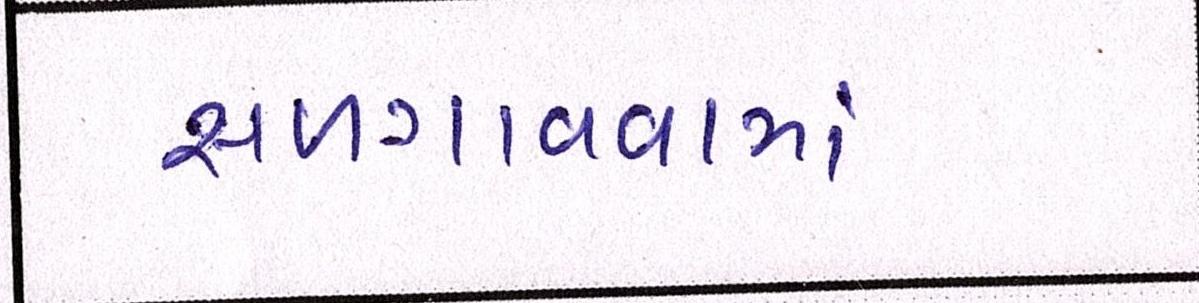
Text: સળગાવવામાં